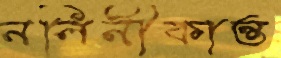
নলিনীকান্ত